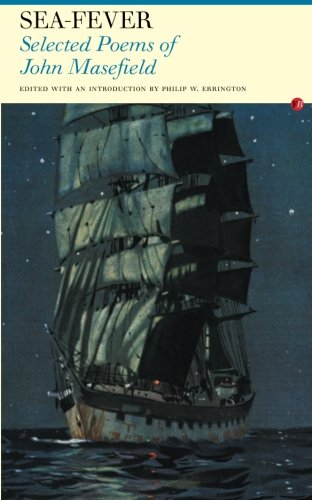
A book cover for Sea Fever: Selected Poems of John Masefield; John Masefield; Travel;